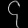
Digit: ၄